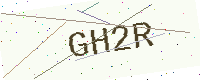
Text: GH2R